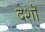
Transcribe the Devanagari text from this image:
देशॊ